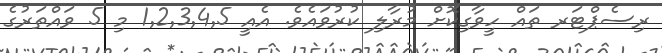
ރިސެޕްޓަރ ތައް ހީވާގިކޮށް މުރާލި ކުރުވައެވެ. އެއީ 1